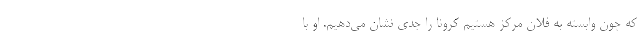
که چون وابسته به فلان مرکز هستیم کرونا را جدی نشان می‌دهیم. او با